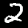
Digit: 2